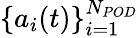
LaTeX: \{ a_{i}(t)\} _{i=1}^{N_{POD}}